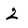
Character: 2